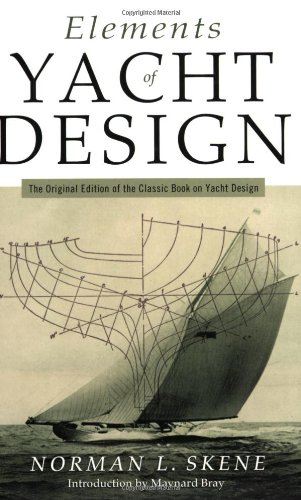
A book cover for Elements of Yacht Design: The Original Edition of the Classic Book on Yacht Design (Seafarer Books); Norman  L. Skene; Engineering & Transportation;